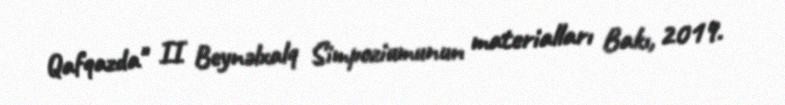
Qafqazda" II Beynəlxalq Simpoziumunun materialları Bakı, 2019.